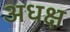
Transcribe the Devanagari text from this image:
अधक्ष